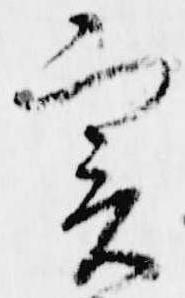
実